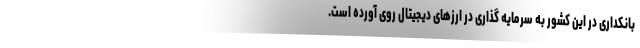
بانکداری در این کشور به سرمایه گذاری در ارزهای دیجیتال روی آورده است.